Indian journal of veterinary science and animal husbandry - Volumes 15-17, 1948-1951
Year: 1948
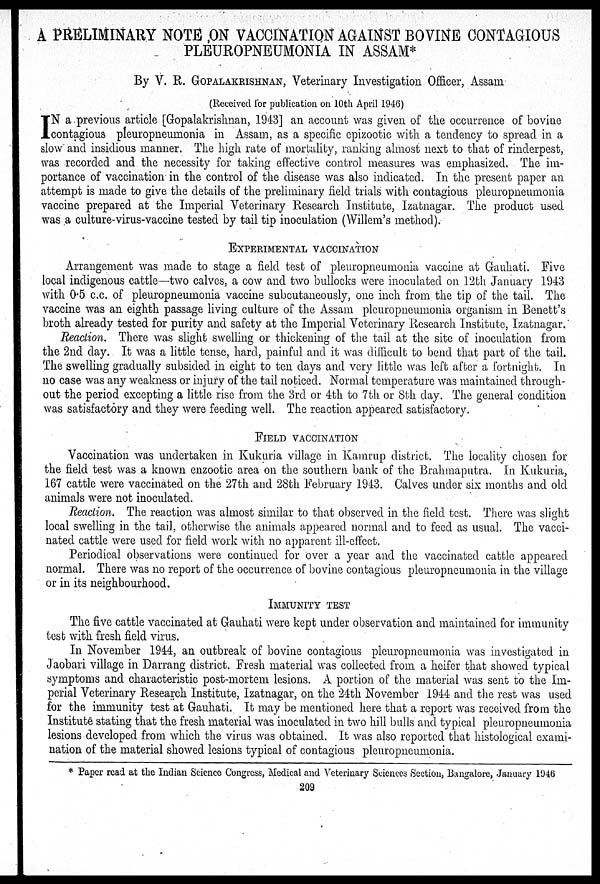
A PRELIMINARY NOTE ON VACCINATION AGAINST BOVINE CONTAGIOUS
PLEUROPNEUMONIA IN ASSAM*
By V. R. GOPALAKRISHNAN, Veterinary Investigation Officer, Assam
(Received for publication on 10th April 1946)
I N a previous article [Gopalakrishnan, 1943] an account was given of the occurrence of bovine
contagious pleuropneumonia in Assam, as a specific epizootic with a tendency to spread in a
slow and insidious manner. The high rate of mortality, ranking almost next to that of rinderpest,
was recorded and the necessity for taking effective control measures was emphasized. The im-
portance of vaccination in the control of the disease was also indicated. In the present paper an
attempt is made to give the details of the preliminary field trials with contagious pleuropneumonia
vaccine prepared at the Imperial Veterinary Research Institute, Izatnagar. The product used
was a culture-virus-vaccine tested by tail tip inoculation (Willem's method).
EXPERIMENTAL VACCINATION
Arrangement was made to stage a field test of pleuropneumonia vaccine at Gauhati. Five
local indigenous cattle—two calves, a cow and two bullocks were inoculated on 12th January 1943
with 0.5 c.c. of pleuropneumonia vaccine subcutaneously, one inch from the tip of the tail. The
vaccine was an eighth passage living culture of the Assam pleuropneumonia organism in Benett's
broth already tested for purity and safety at the Imperial Veterinary Research Institute, Izatnagar.
Reaction. There was slight swelling or thickening of the tail at the site of inoculation from
the 2nd day. It was a little tense, hard, painful and it was difficult to bend that part of the tail.
The swelling gradually subsided in eight to ten days and very little was left after a fortnight. In
no case was any weakness or injury of the tail noticed. Normal temperature was maintained through-
out the period excepting a little rise from the 3rd or 4th to 7th or 8th day. The general condition
was satisfactory and they were feeding well. The reaction appeared satisfactory.
FIELD VACCINATION
Vaccination was undertaken in Kukuria village in Kamrup district. The locality chosen for
the field test was a known enzootic area on the southern bank of the Brahmaputra. In Kukuria,
167 cattle were vaccinated on the 27th and 28th February 1943. Calves under six months and old
animals were not inoculated.
Reaction. The reaction was almost similar to that observed in the field test. There was slight
local swelling in the tail, otherwise the animals appeared normal and to feed as usual. The vacci-
nated cattle were used for field work with no apparent ill-effect.
Periodical observations were continued for over a year and the vaccinated cattle appeared
normal. There was no report of the occurrence of bovine contagious pleuropneumonia in the village
or in its neighbourhood.
IMMUNITY TEST
The five cattle vaccinated at Gauhati were kept under observation and maintained for immunity
test with fresh field virus.
In November 1944, an outbreak of bovine contagious pleuropneumonia was investigated in
Jaobari village in Darrang district. Fresh material was collected from a heifer that showed typical
symptoms and characteristic post-mortem lesions. A portion of the material was sent to the Im-
perial Veterinary Research Institute, Izatnagar, on the 24th November 1944 and the rest was used
for the immunity test at Gauhati. It may be mentioned here that a report was received from the
Institute stating that the fresh material was inoculated in two hill bulls and typical pleuropneumonia
lesions developed from which the virus was obtained. It was also reported that histological exami-
nation of the material showed lesions typical of contagious pleuropneumonia.
* Paper read at the Indian Science Congress, Medical and Veterinary Sciences Section, Bangalore, January 1946
209